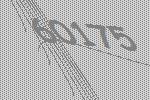
60175